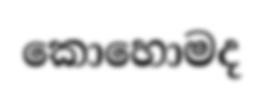
කොහොමද